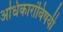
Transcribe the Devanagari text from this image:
अधिकारांविषयी